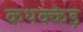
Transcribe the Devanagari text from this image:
कथक्केड़